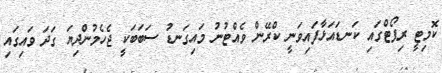
ކޮމިޓީ ރިޕޯޓްގައި ކަނޑައަޅާފައިވަނީ ކްރޭން ވެއްޓުނު މައިގަނޑު ސަބަބަކީ ޖެހެމުންދިޔަ ގަދަ ވައިގައި